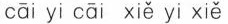
cāi yi cāi xiě yi xiě